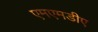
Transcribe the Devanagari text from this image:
एमएमडीए